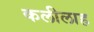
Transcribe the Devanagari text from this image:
कलीलाह